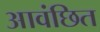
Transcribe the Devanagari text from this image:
आवंछित